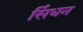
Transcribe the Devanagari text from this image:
सिंधन